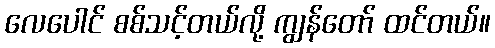
လေပေါင် စစ်သင့်တယ်လို့ ကျွန်တော် ထင်တယ်။